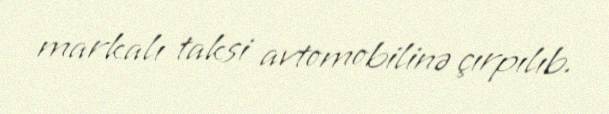
markalı taksi avtomobilinə çırpılıb.